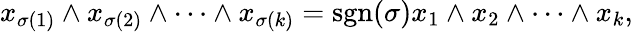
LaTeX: x_{\sigma(1)}\wedge x_{\sigma(2)}\wedge\cdots\wedge x_{\sigma(k)}=\operatorname{sgn}(\sigma)x_{1}\wedge x_{2}\wedge\cdots\wedge x_{k},